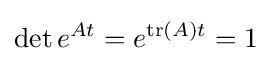
\det e^{At}=e^{\operatorname {tr} (A)t}=1